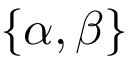
\{ \alpha , \beta \}